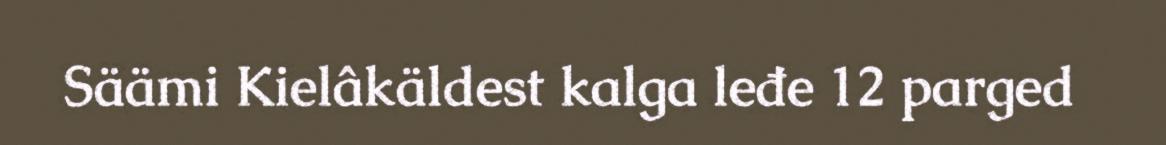
Säämi Kielâkäldest kalga leđe 12 parged